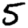
Digit: 5